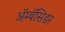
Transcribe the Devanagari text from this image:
ॲम्बॅसिडर